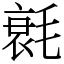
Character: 㲤